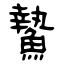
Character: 䲀